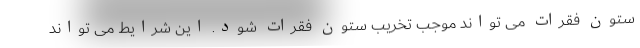
ستون فقرات می تواند موجب تخریب ستون فقرات شود. این شرایط می تواند